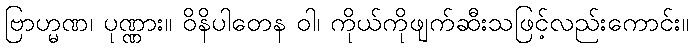
ဗြာဟ္မဏ၊ ပုဏ္ဏား။ ဝိနိပါတေန ဝါ၊ ကိုယ်ကိုဖျက်ဆီးသဖြင့်လည်းကောင်း။